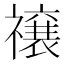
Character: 𮂜